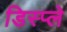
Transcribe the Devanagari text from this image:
डिस्‍प्ले